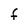
Character: F